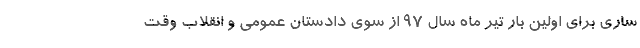
ساری برای اولین بار تیر ماه سال ۹۷ از سوی دادستان عمومی و انقلاب وقت